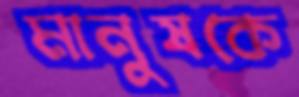
মানুষকে